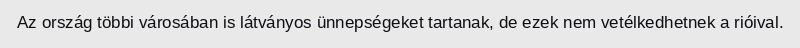
Az ország többi városában is látványos ünnepségeket tartanak, de ezek nem vetélkedhetnek a rióival.